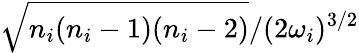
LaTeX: \sqrt{{n_{i}(n_{i}-1)(n_{i}-2)}}/{(2\omega_{i})^{3/2}}